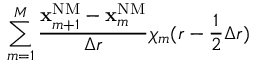
\sum _ { m = 1 } ^ { M } \frac { \mathbf { x } _ { m + 1 } ^ { \mathrm { { N M } } } - \mathbf { x } _ { m } ^ { \mathrm { { N M } } } } { \Delta r } \chi _ { m } ( r - \frac { 1 } { 2 } \Delta r )